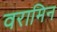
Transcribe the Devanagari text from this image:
वरामिन